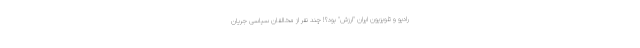
رادیو و تلویزیون ایران "ارزش" بود؟! چند نفر از مخالفان سیاسیِ جریان